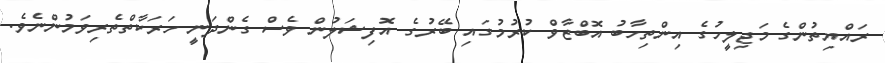
ރައްޔިތުންގެ މަޖިލީހުގެ އިންތިހާބު އޮބްޒާވް ކުރުމުގައި ބޭރުގެ އޮފިޝަލުން ވެސް ގެންދަނީ ހަރަކާތްތެރިވަމުންނެވެ.